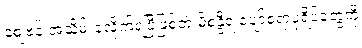
စျေဗန်းအသိမ်းခံလိုက်ရပြီဖြစ်တဲ့ မိစန္ဒီရဲ့ပျော်စရာပုံရိပ်တွေကို